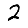
Digit: 2